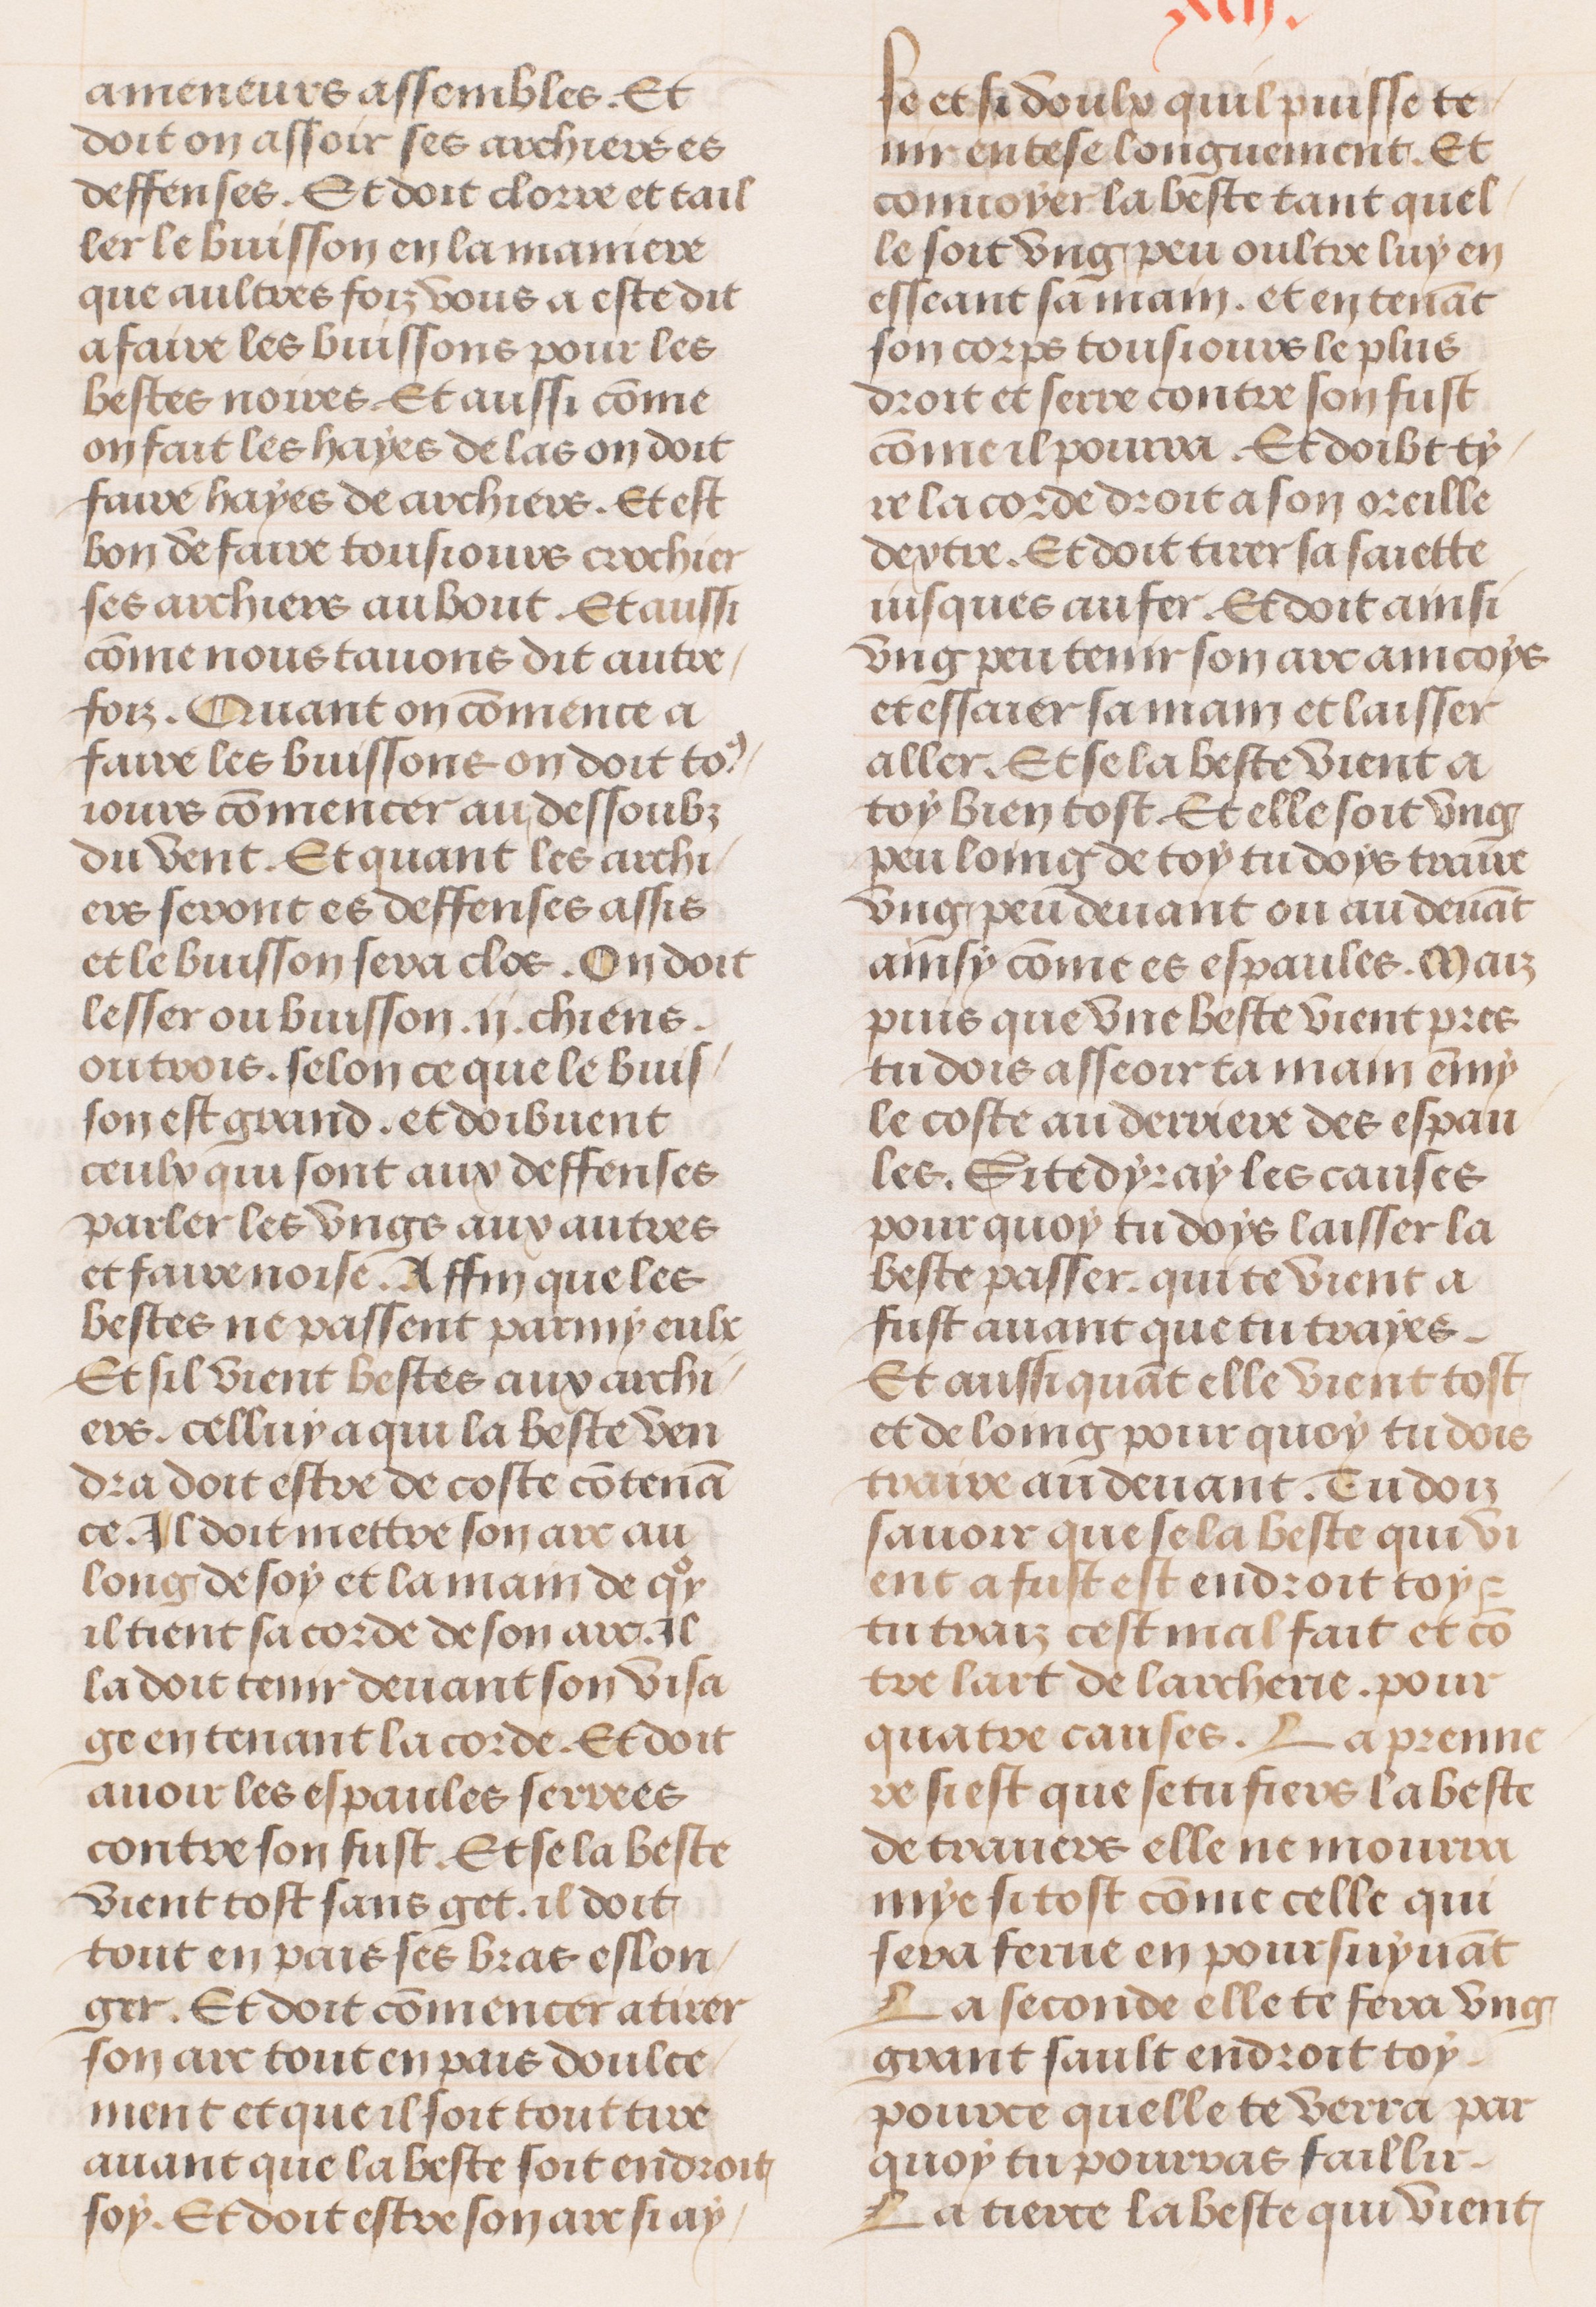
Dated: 1491–1498